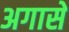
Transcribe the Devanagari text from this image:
अगासे